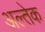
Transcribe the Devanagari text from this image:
अल्तेक